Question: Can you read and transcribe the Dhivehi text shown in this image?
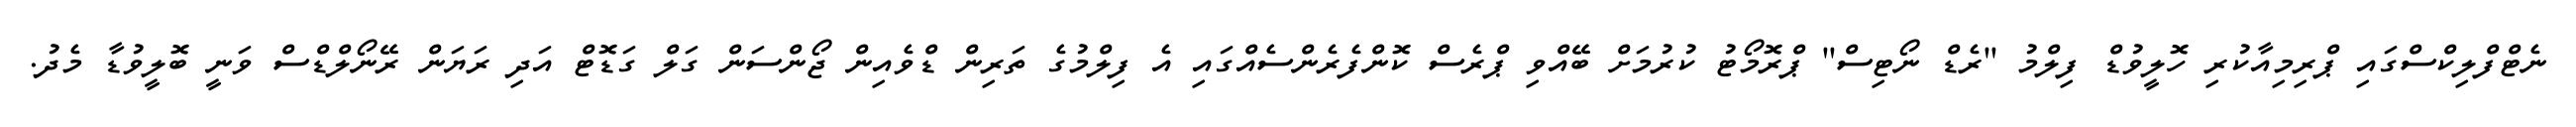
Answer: ނެޓްފްލިކްސްގައި ޕްރިމިއާކުރި ހޮލީވުޑް ފިލްމު ''ރެޑް ނޯޓިސް'' ޕްރޮމޯޓު ކުރުމަށް ބޭއްވި ޕްރެސް ކޮންފެރެންސެއްގައި އެ ފިލްމުގެ ތަރިން ޑްވެއިން ޖޯންސަން ގަލް ގަޑޮޓް އަދި ރަޔަން ރޭނޯލްޑްސް ވަނީ ބޮލީވުޑާ މެދު.